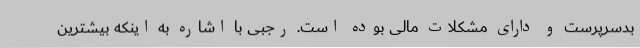
بدسرپرست و دارای مشکلات مالی بوده است. رجبی با اشاره به اینکه بیشترین